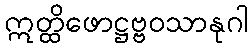
ဣတ္ထိဖောဋ္ဌဗ္ဗဝသာနုဂါ